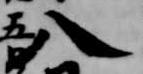
八